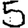
Digit: 5